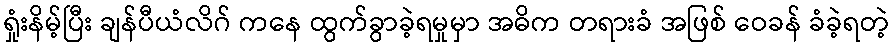
ရှုံးနိမ့်ပြီး ချန်ပီယံလိဂ် ကနေ ထွက်ခွာခဲ့ရမှုမှာ အဓိက တရားခံ အဖြစ် ဝေခန် ခံခဲ့ရတဲ့